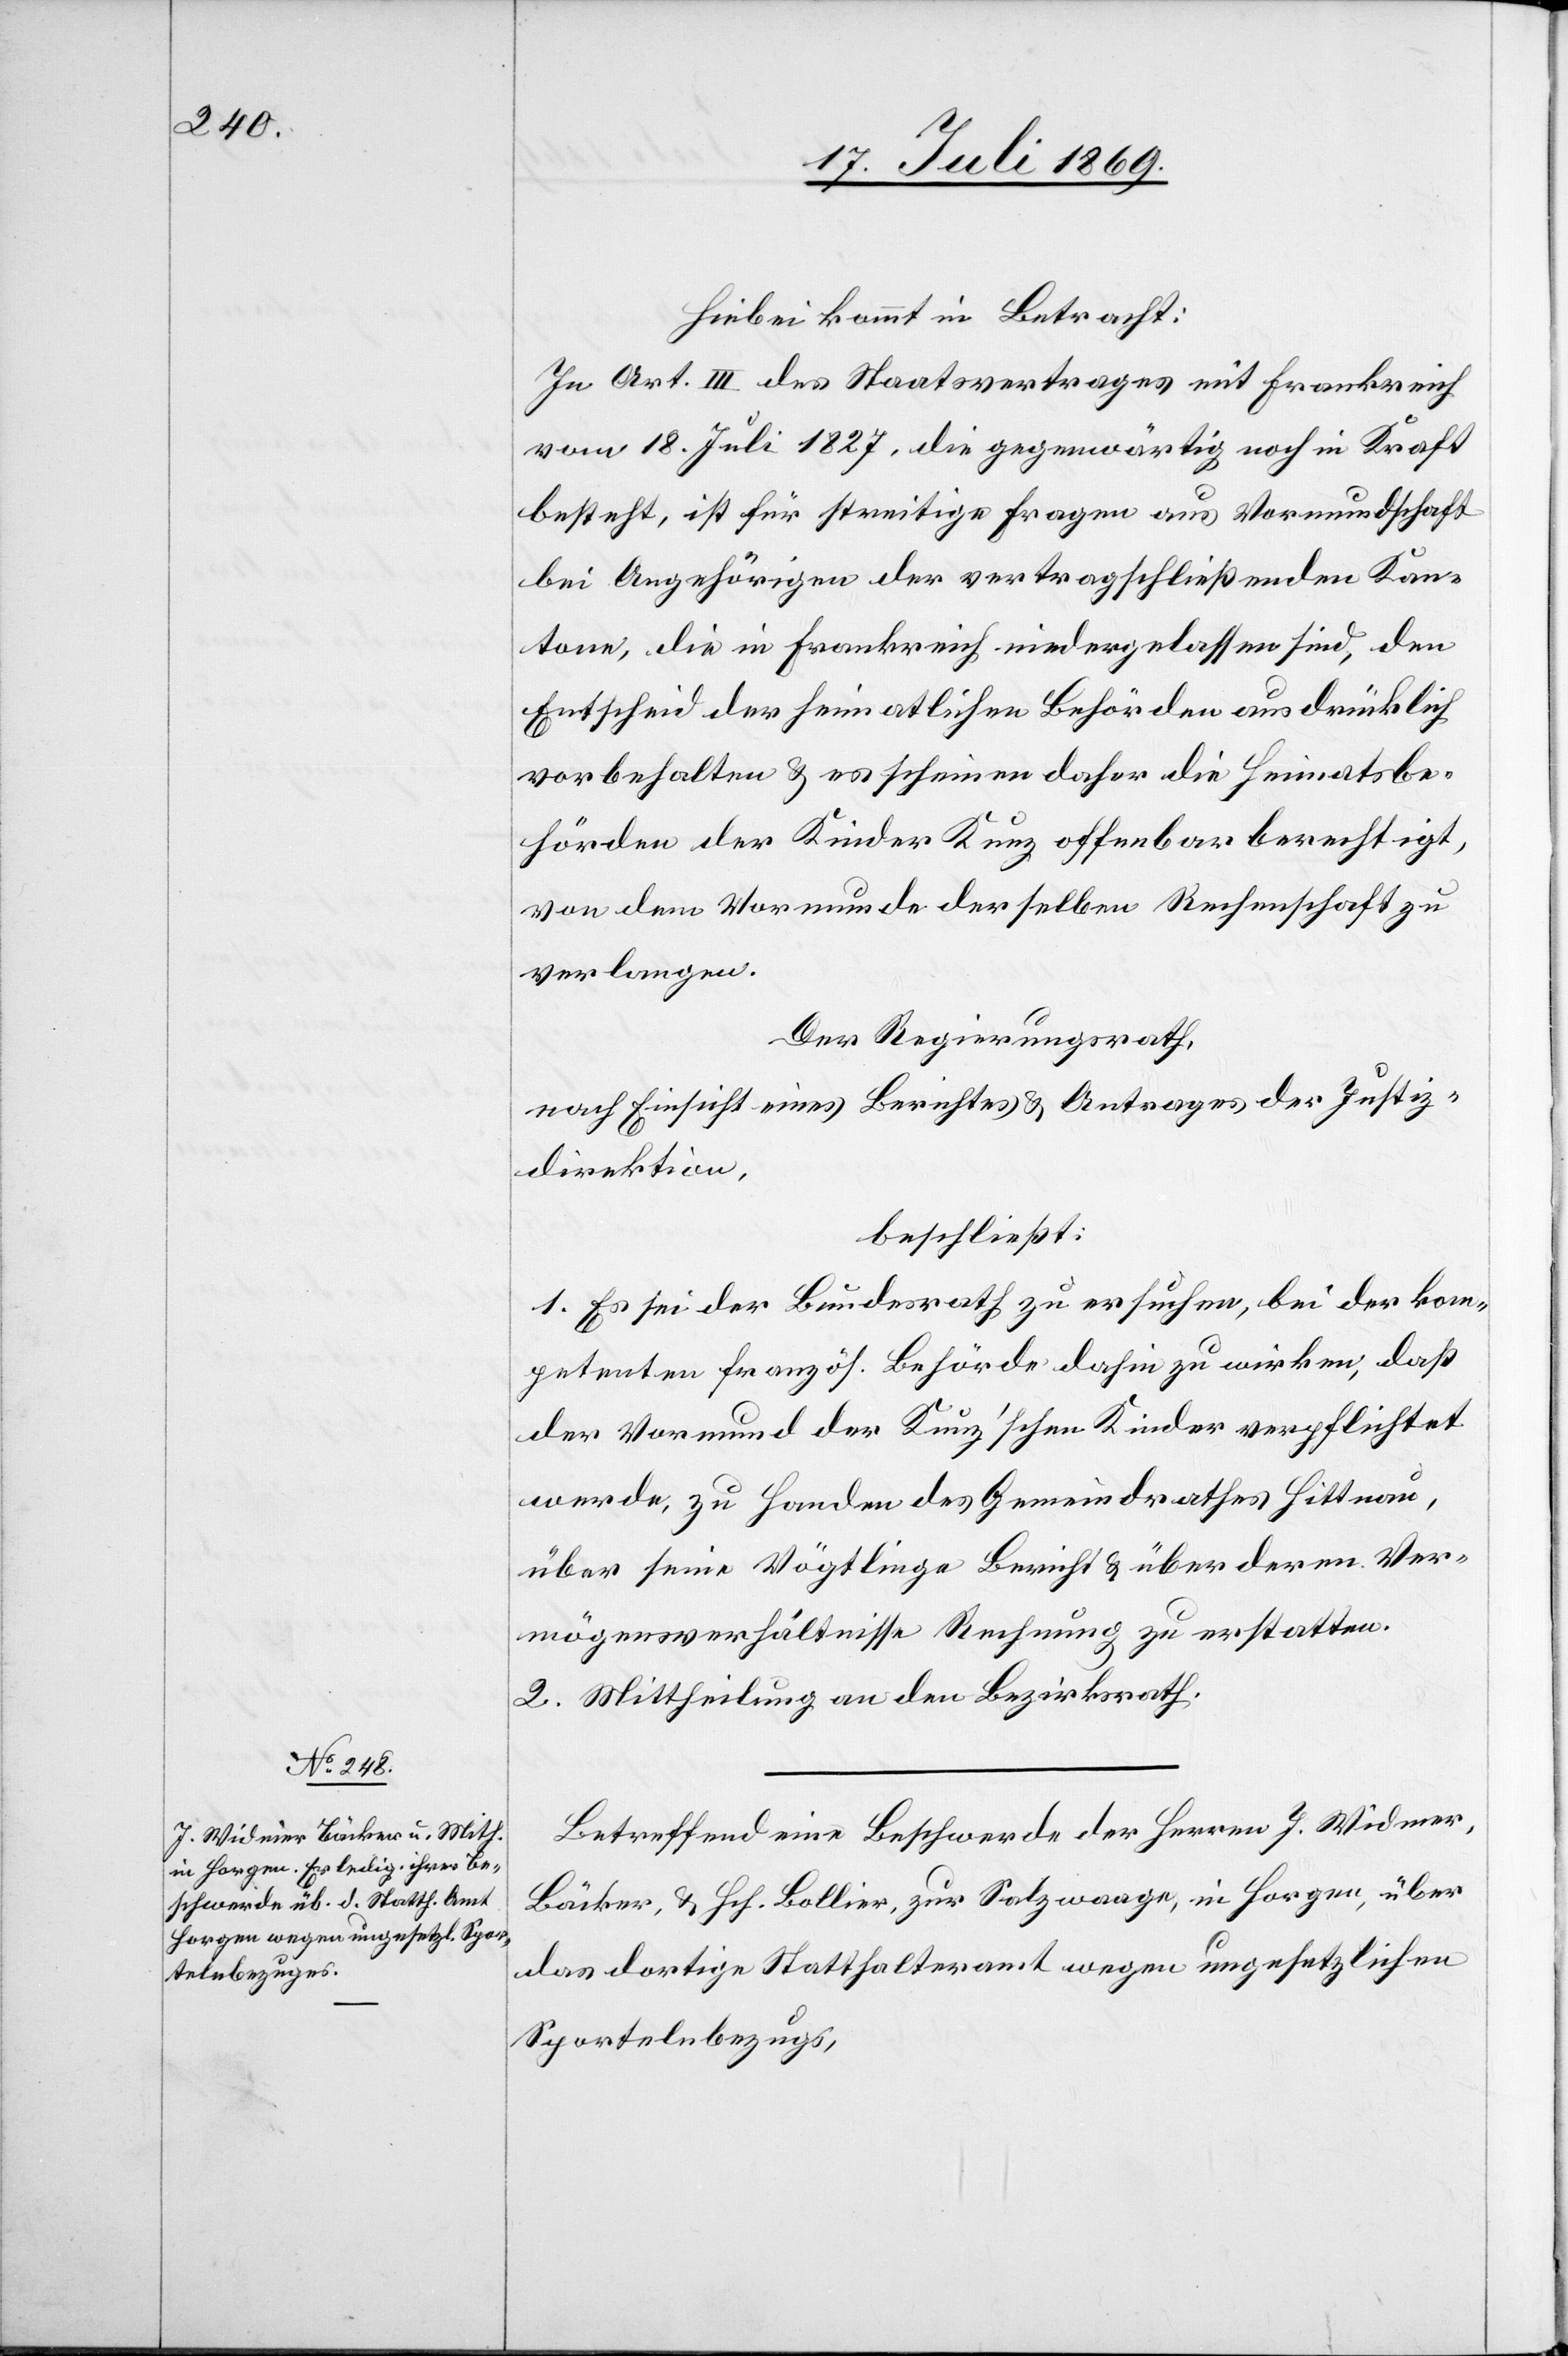
Hiebei kommt in Betracht:
In Art. III des Staatsvertrages mit Frankreich
vom 18 Juli 1827, die gegenwärtig noch in Kraft
besteht, ist für streitige Fragen aus Vormundschaft
bei Angehörigen der vertragschließenden Kan¬
tone, die in Frankreich niedergelassen sind, den
Entscheid der heimatlichen Behörden ausdrücklich
vorbehalten u. es scheinen daher die Heimatsbe¬
hörden der Kinder Kunz offenbar berechtigt,
von dem Vormunde derselben Rechenschaft zu
verlangen.
Der Regierungsrath,
nach Einsicht eines Berichtes u. Antrages der Justiz¬
direktion,
beschließt:
1. Es sei der Bundesrath zu ersuchen, bei der kom¬
petenten französ. Behörde dahin zu wirken, daß
der Vormund der Kunz’schen Kinder verpflichtet
werde, zu Handen des Gemeindrathes Hittnau,
über seine Vögtlinge Bericht u. über deren Ver¬
mögensverhältnisse Rechnung zu erstatten.
2. Mittheilung an den Bezirksrath.
Betreffend eine Beschwerde der Herrn J. Widmer,
Bäcker, u. Hch. Bollier, zur Salzwaage, in Horgen, über
das dortige Statthalteramt wegen ungesetzlichen
Sportelnbetrugs,